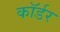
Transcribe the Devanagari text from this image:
कॉर्डर